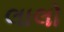
લાલો